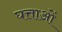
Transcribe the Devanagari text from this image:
घत्ताओं